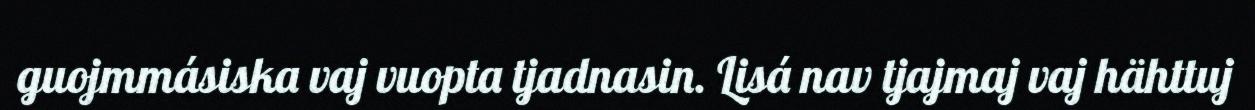
guojmmásiska vaj vuopta tjadnasin. Lisá nav tjajmaj vaj hähttuj